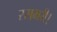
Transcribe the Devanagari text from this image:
रसभरी।